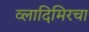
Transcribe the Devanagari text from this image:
व्लादिमिरचा